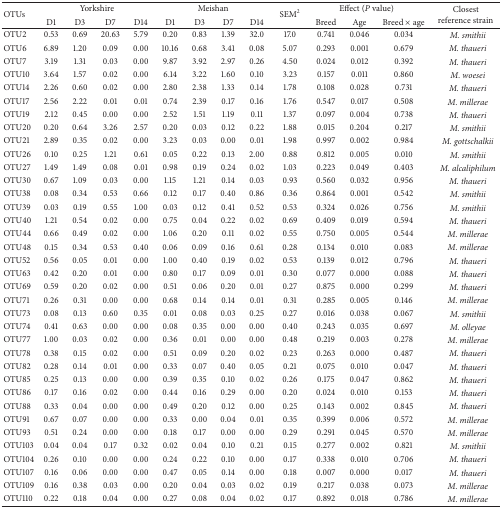
<table><thead><tr><td rowspan="2"><b>OTUs</b></td><td colspan="4"><b>Yorkshire</b></td><td colspan="4"><b>Meishan</b></td><td rowspan="2"><b>SEM<sup>2</sup></b></td><td colspan="3"><b>Effect (<i>P</i> value)</b></td><td rowspan="2"><b>Closest reference strain</b></td></tr><tr><td><b>D1</b></td><td><b>D3</b></td><td><b>D7</b></td><td><b>D14</b></td><td><b>D1</b></td><td><b>D3</b></td><td><b>D7</b></td><td><b>D14</b></td><td><b>Breed</b></td><td><b>Age</b></td><td><b>Breed × age</b></td></tr></thead><tbody><tr><td>OTU2</td><td>0.53 </td><td>0.69 </td><td>20.63</td><td>5.79 </td><td>0.20 </td><td>0.83 </td><td>1.39 </td><td>32.0 </td><td>17.0 </td><td>0.741 </td><td>0.046 </td><td>0.034 </td><td><i>M. smithii </i></td></tr><tr><td>OTU6</td><td>6.89 </td><td>1.20 </td><td>0.09 </td><td>0.00 </td><td>10.16 </td><td>0.68 </td><td>3.41 </td><td>0.08 </td><td>5.07 </td><td>0.293 </td><td>0.001 </td><td>0.679 </td><td><i>M. thaueri </i></td></tr><tr><td>OTU7</td><td>3.19 </td><td>1.31 </td><td>0.03 </td><td>0.00 </td><td>9.87 </td><td>3.92 </td><td>2.97 </td><td>0.26 </td><td>4.50 </td><td>0.024 </td><td>0.012 </td><td>0.392 </td><td><i>M. thaueri </i></td></tr><tr><td>OTU10</td><td>3.64 </td><td>1.57 </td><td>0.02 </td><td>0.00 </td><td>6.14 </td><td>3.22 </td><td>1.60 </td><td>0.10 </td><td>3.23 </td><td>0.157 </td><td>0.011 </td><td>0.860 </td><td><i>M. woesei </i></td></tr><tr><td>OTU14</td><td>2.26 </td><td>0.60 </td><td>0.02 </td><td>0.00 </td><td>2.80 </td><td>2.38 </td><td>1.33 </td><td>0.14 </td><td>1.78 </td><td>0.108 </td><td>0.028 </td><td>0.731 </td><td><i>M. thaueri </i></td></tr><tr><td>OTU17</td><td>2.56 </td><td>2.22 </td><td>0.01 </td><td>0.01 </td><td>0.74 </td><td>2.39 </td><td>0.17 </td><td>0.16 </td><td>1.76 </td><td>0.547 </td><td>0.017 </td><td>0.508 </td><td><i>M. millerae </i></td></tr><tr><td>OTU19</td><td>2.12 </td><td>0.45 </td><td>0.00 </td><td>0.00 </td><td>2.52 </td><td>1.51 </td><td>1.19 </td><td>0.11 </td><td>1.37 </td><td>0.097 </td><td>0.004 </td><td>0.738 </td><td><i>M. thaueri </i></td></tr><tr><td>OTU20</td><td>0.20 </td><td>0.64 </td><td>3.26 </td><td>2.57 </td><td>0.20 </td><td>0.03 </td><td>0.12 </td><td>0.22 </td><td>1.88 </td><td>0.015 </td><td>0.204 </td><td>0.217 </td><td><i>M. smithii </i></td></tr><tr><td>OTU21</td><td>2.89 </td><td>0.35 </td><td>0.02 </td><td>0.00 </td><td>3.23 </td><td>0.03 </td><td>0.00 </td><td>0.01 </td><td>1.98 </td><td>0.997 </td><td>0.002 </td><td>0.984 </td><td><i>M. gottschalkii </i></td></tr><tr><td>OTU26</td><td>0.10 </td><td>0.25 </td><td>1.21 </td><td>0.61 </td><td>0.05 </td><td>0.22 </td><td>0.13 </td><td>2.00 </td><td>0.88 </td><td>0.812 </td><td>0.005 </td><td>0.010 </td><td><i>M. smithii </i></td></tr><tr><td>OTU27</td><td>1.49 </td><td>1.49 </td><td>0.08 </td><td>0.01 </td><td>0.98 </td><td>0.19 </td><td>0.24 </td><td>0.02 </td><td>1.03 </td><td>0.223 </td><td>0.049 </td><td>0.403 </td><td><i>M. alcaliphilum </i></td></tr><tr><td>OTU30</td><td>0.67 </td><td>1.09 </td><td>0.03 </td><td>0.00 </td><td>1.15 </td><td>1.21 </td><td>0.14 </td><td>0.03 </td><td>0.93 </td><td>0.560 </td><td>0.032 </td><td>0.956 </td><td><i>M. thaueri </i></td></tr><tr><td>OTU38</td><td>0.08 </td><td>0.34 </td><td>0.53 </td><td>0.66 </td><td>0.12 </td><td>0.17 </td><td>0.40 </td><td>0.86 </td><td>0.36 </td><td>0.864 </td><td>0.001 </td><td>0.542 </td><td><i>M. smithii </i></td></tr><tr><td>OTU39</td><td>0.03 </td><td>0.19 </td><td>0.55 </td><td>1.00 </td><td>0.03 </td><td>0.12 </td><td>0.41 </td><td>0.52 </td><td>0.53 </td><td>0.324 </td><td>0.026 </td><td>0.756 </td><td><i>M. smithii </i></td></tr><tr><td>OTU40</td><td>1.21 </td><td>0.54 </td><td>0.02 </td><td>0.00 </td><td>0.75 </td><td>0.04 </td><td>0.22 </td><td>0.02 </td><td>0.69 </td><td>0.409 </td><td>0.019 </td><td>0.594 </td><td><i>M. thaueri </i></td></tr><tr><td>OTU44</td><td>0.66 </td><td>0.49 </td><td>0.02 </td><td>0.00 </td><td>1.06 </td><td>0.20 </td><td>0.11 </td><td>0.02 </td><td>0.55 </td><td>0.750 </td><td>0.005 </td><td>0.544 </td><td><i>M. millerae </i></td></tr><tr><td>OTU48</td><td>0.15 </td><td>0.34 </td><td>0.53 </td><td>0.40 </td><td>0.06 </td><td>0.09 </td><td>0.16 </td><td>0.61 </td><td>0.28 </td><td>0.134 </td><td>0.010 </td><td>0.083 </td><td><i>M. millerae </i></td></tr><tr><td>OTU52</td><td>0.56 </td><td>0.05 </td><td>0.01 </td><td>0.00 </td><td>1.00 </td><td>0.40 </td><td>0.19 </td><td>0.02 </td><td>0.53 </td><td>0.139 </td><td>0.012 </td><td>0.796 </td><td><i>M. thaueri </i></td></tr><tr><td>OTU63</td><td>0.42 </td><td>0.20 </td><td>0.01 </td><td>0.00 </td><td>0.80 </td><td>0.17 </td><td>0.09 </td><td>0.01 </td><td>0.30 </td><td>0.077 </td><td>0.000 </td><td>0.088 </td><td><i>M. thaueri </i></td></tr><tr><td>OTU69</td><td>0.59 </td><td>0.20 </td><td>0.02 </td><td>0.00 </td><td>0.51 </td><td>0.06 </td><td>0.20 </td><td>0.01 </td><td>0.27 </td><td>0.875 </td><td>0.000 </td><td>0.299 </td><td><i>M. thaueri </i></td></tr><tr><td>OTU71</td><td>0.26 </td><td>0.31 </td><td>0.00 </td><td>0.00 </td><td>0.68 </td><td>0.14 </td><td>0.14 </td><td>0.01 </td><td>0.31 </td><td>0.285 </td><td>0.005 </td><td>0.146 </td><td><i>M. millerae </i></td></tr><tr><td>OTU73</td><td>0.08 </td><td>0.13 </td><td>0.60 </td><td>0.35 </td><td>0.01 </td><td>0.08 </td><td>0.03 </td><td>0.25 </td><td>0.27 </td><td>0.016 </td><td>0.038 </td><td>0.067 </td><td><i>M. smithii </i></td></tr><tr><td>OTU74</td><td>0.41 </td><td>0.63 </td><td>0.00 </td><td>0.00 </td><td>0.08 </td><td>0.35 </td><td>0.00 </td><td>0.00 </td><td>0.40 </td><td>0.243 </td><td>0.035 </td><td>0.697 </td><td><i>M. olleyae </i></td></tr><tr><td>OTU77</td><td>1.00 </td><td>0.03 </td><td>0.02 </td><td>0.00 </td><td>0.36 </td><td>0.01 </td><td>0.00 </td><td>0.00 </td><td>0.48 </td><td>0.219 </td><td>0.003 </td><td>0.278 </td><td><i>M. millerae </i></td></tr><tr><td>OTU78</td><td>0.38 </td><td>0.15 </td><td>0.02 </td><td>0.00 </td><td>0.51 </td><td>0.09 </td><td>0.20 </td><td>0.02 </td><td>0.23 </td><td>0.263 </td><td>0.000 </td><td>0.487 </td><td><i>M. thaueri </i></td></tr><tr><td>OTU82</td><td>0.28 </td><td>0.14 </td><td>0.01 </td><td>0.00 </td><td>0.33 </td><td>0.07 </td><td>0.40 </td><td>0.05 </td><td>0.21 </td><td>0.075 </td><td>0.010 </td><td>0.047 </td><td><i>M. thaueri </i></td></tr><tr><td>OTU85</td><td>0.25 </td><td>0.13 </td><td>0.00 </td><td>0.00 </td><td>0.39 </td><td>0.35 </td><td>0.10 </td><td>0.02 </td><td>0.26 </td><td>0.175 </td><td>0.047 </td><td>0.862 </td><td><i>M. thaueri </i></td></tr><tr><td>OTU86</td><td>0.17 </td><td>0.16 </td><td>0.02 </td><td>0.00 </td><td>0.44 </td><td>0.16 </td><td>0.29 </td><td>0.00 </td><td>0.20 </td><td>0.024 </td><td>0.010 </td><td>0.153 </td><td><i>M. thaueri </i></td></tr><tr><td>OTU88</td><td>0.33 </td><td>0.04 </td><td>0.00 </td><td>0.00 </td><td>0.49 </td><td>0.20 </td><td>0.12 </td><td>0.00 </td><td>0.25 </td><td>0.143 </td><td>0.002 </td><td>0.845 </td><td><i>M. thaueri </i></td></tr><tr><td>OTU91</td><td>0.67 </td><td>0.07 </td><td>0.00 </td><td>0.00 </td><td>0.33 </td><td>0.00 </td><td>0.04 </td><td>0.01 </td><td>0.35 </td><td>0.399 </td><td>0.006 </td><td>0.572 </td><td><i>M. millerae </i></td></tr><tr><td>OTU93</td><td>0.51 </td><td>0.24 </td><td>0.00 </td><td>0.00 </td><td>0.18 </td><td>0.17 </td><td>0.00 </td><td>0.00 </td><td>0.29 </td><td>0.291 </td><td>0.045 </td><td>0.570 </td><td><i>M. millerae </i></td></tr><tr><td>OTU103</td><td>0.04 </td><td>0.04 </td><td>0.17 </td><td>0.32 </td><td>0.02 </td><td>0.04 </td><td>0.10 </td><td>0.21 </td><td>0.15 </td><td>0.277 </td><td>0.002 </td><td>0.821 </td><td><i>M. smithii </i></td></tr><tr><td>OTU104</td><td>0.26 </td><td>0.10 </td><td>0.00 </td><td>0.00 </td><td>0.24 </td><td>0.22 </td><td>0.10 </td><td>0.00 </td><td>0.17 </td><td>0.338 </td><td>0.010 </td><td>0.706 </td><td><i>M. thaueri </i></td></tr><tr><td>OTU107</td><td>0.16 </td><td>0.06 </td><td>0.00 </td><td>0.00 </td><td>0.47 </td><td>0.05 </td><td>0.14 </td><td>0.00 </td><td>0.18 </td><td>0.007 </td><td>0.000 </td><td>0.017 </td><td><i>M. thaueri </i></td></tr><tr><td>OTU109</td><td>0.16 </td><td>0.38 </td><td>0.03 </td><td>0.00 </td><td>0.20 </td><td>0.04 </td><td>0.03 </td><td>0.02 </td><td>0.19 </td><td>0.217 </td><td>0.038 </td><td>0.073 </td><td><i>M. millerae </i></td></tr><tr><td>OTU110</td><td>0.22 </td><td>0.18 </td><td>0.04 </td><td>0.00 </td><td>0.27 </td><td>0.08 </td><td>0.04 </td><td>0.02 </td><td>0.17 </td><td>0.892 </td><td>0.018 </td><td>0.786 </td><td><i>M. millerae </i></td></tr></tbody></table>